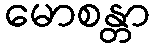
မောစန္တာ